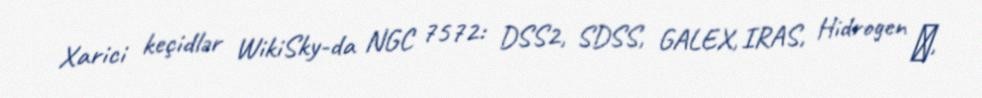
Xarici keçidlər WikiSky-da NGC 7572: DSS2, SDSS, GALEX, IRAS, Hidrogen α,